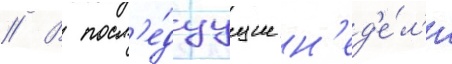
// В посл'е́дуущие н'ед'е́л'и